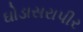
ઘોડાસરાપીર